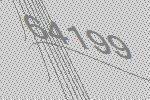
64199